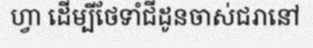
ហ្វា ដើម្បីថែទាំជីដូនចាស់ជរានៅ